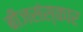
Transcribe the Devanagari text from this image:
बीजसंस्कार